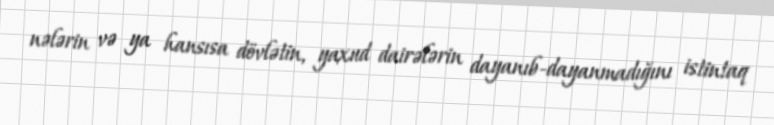
nələrin və ya hansısa dövlətin, yaxud dairələrin dayanıb-dayanmadığını istintaq